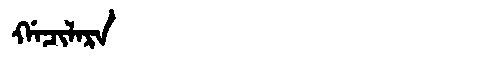
Manchu: ᡤᠠᠴᡳᠯᠠᡵᠠ
Romanization: GACILARA